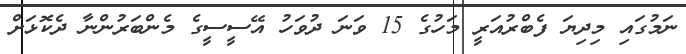
ނަމުގައި މިދިޔަ ފެބްރުއަރީ މަހުގެ 15 ވަނަ ދުވަހު އޭސީސީގެ މެންބަރުންނާ ދެކޮޅަށް